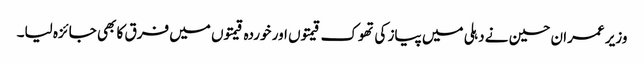
وزیر عمران حسین نے دہلی میں پیاز کی تھوک قیمتوں اور خوردہ قیمتوں میں فرق کا بھی جائزہ لیا۔